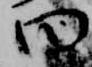
曰